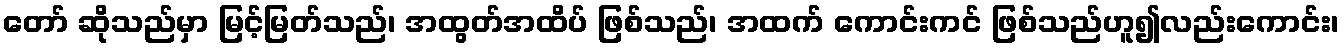
တော် ဆိုသည်မှာ မြင့်မြတ်သည်၊ အထွတ်အထိပ် ဖြစ်သည်၊ အထက် ကောင်းကင် ဖြစ်သည်ဟူ၍လည်းကောင်း၊